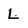
Character: L